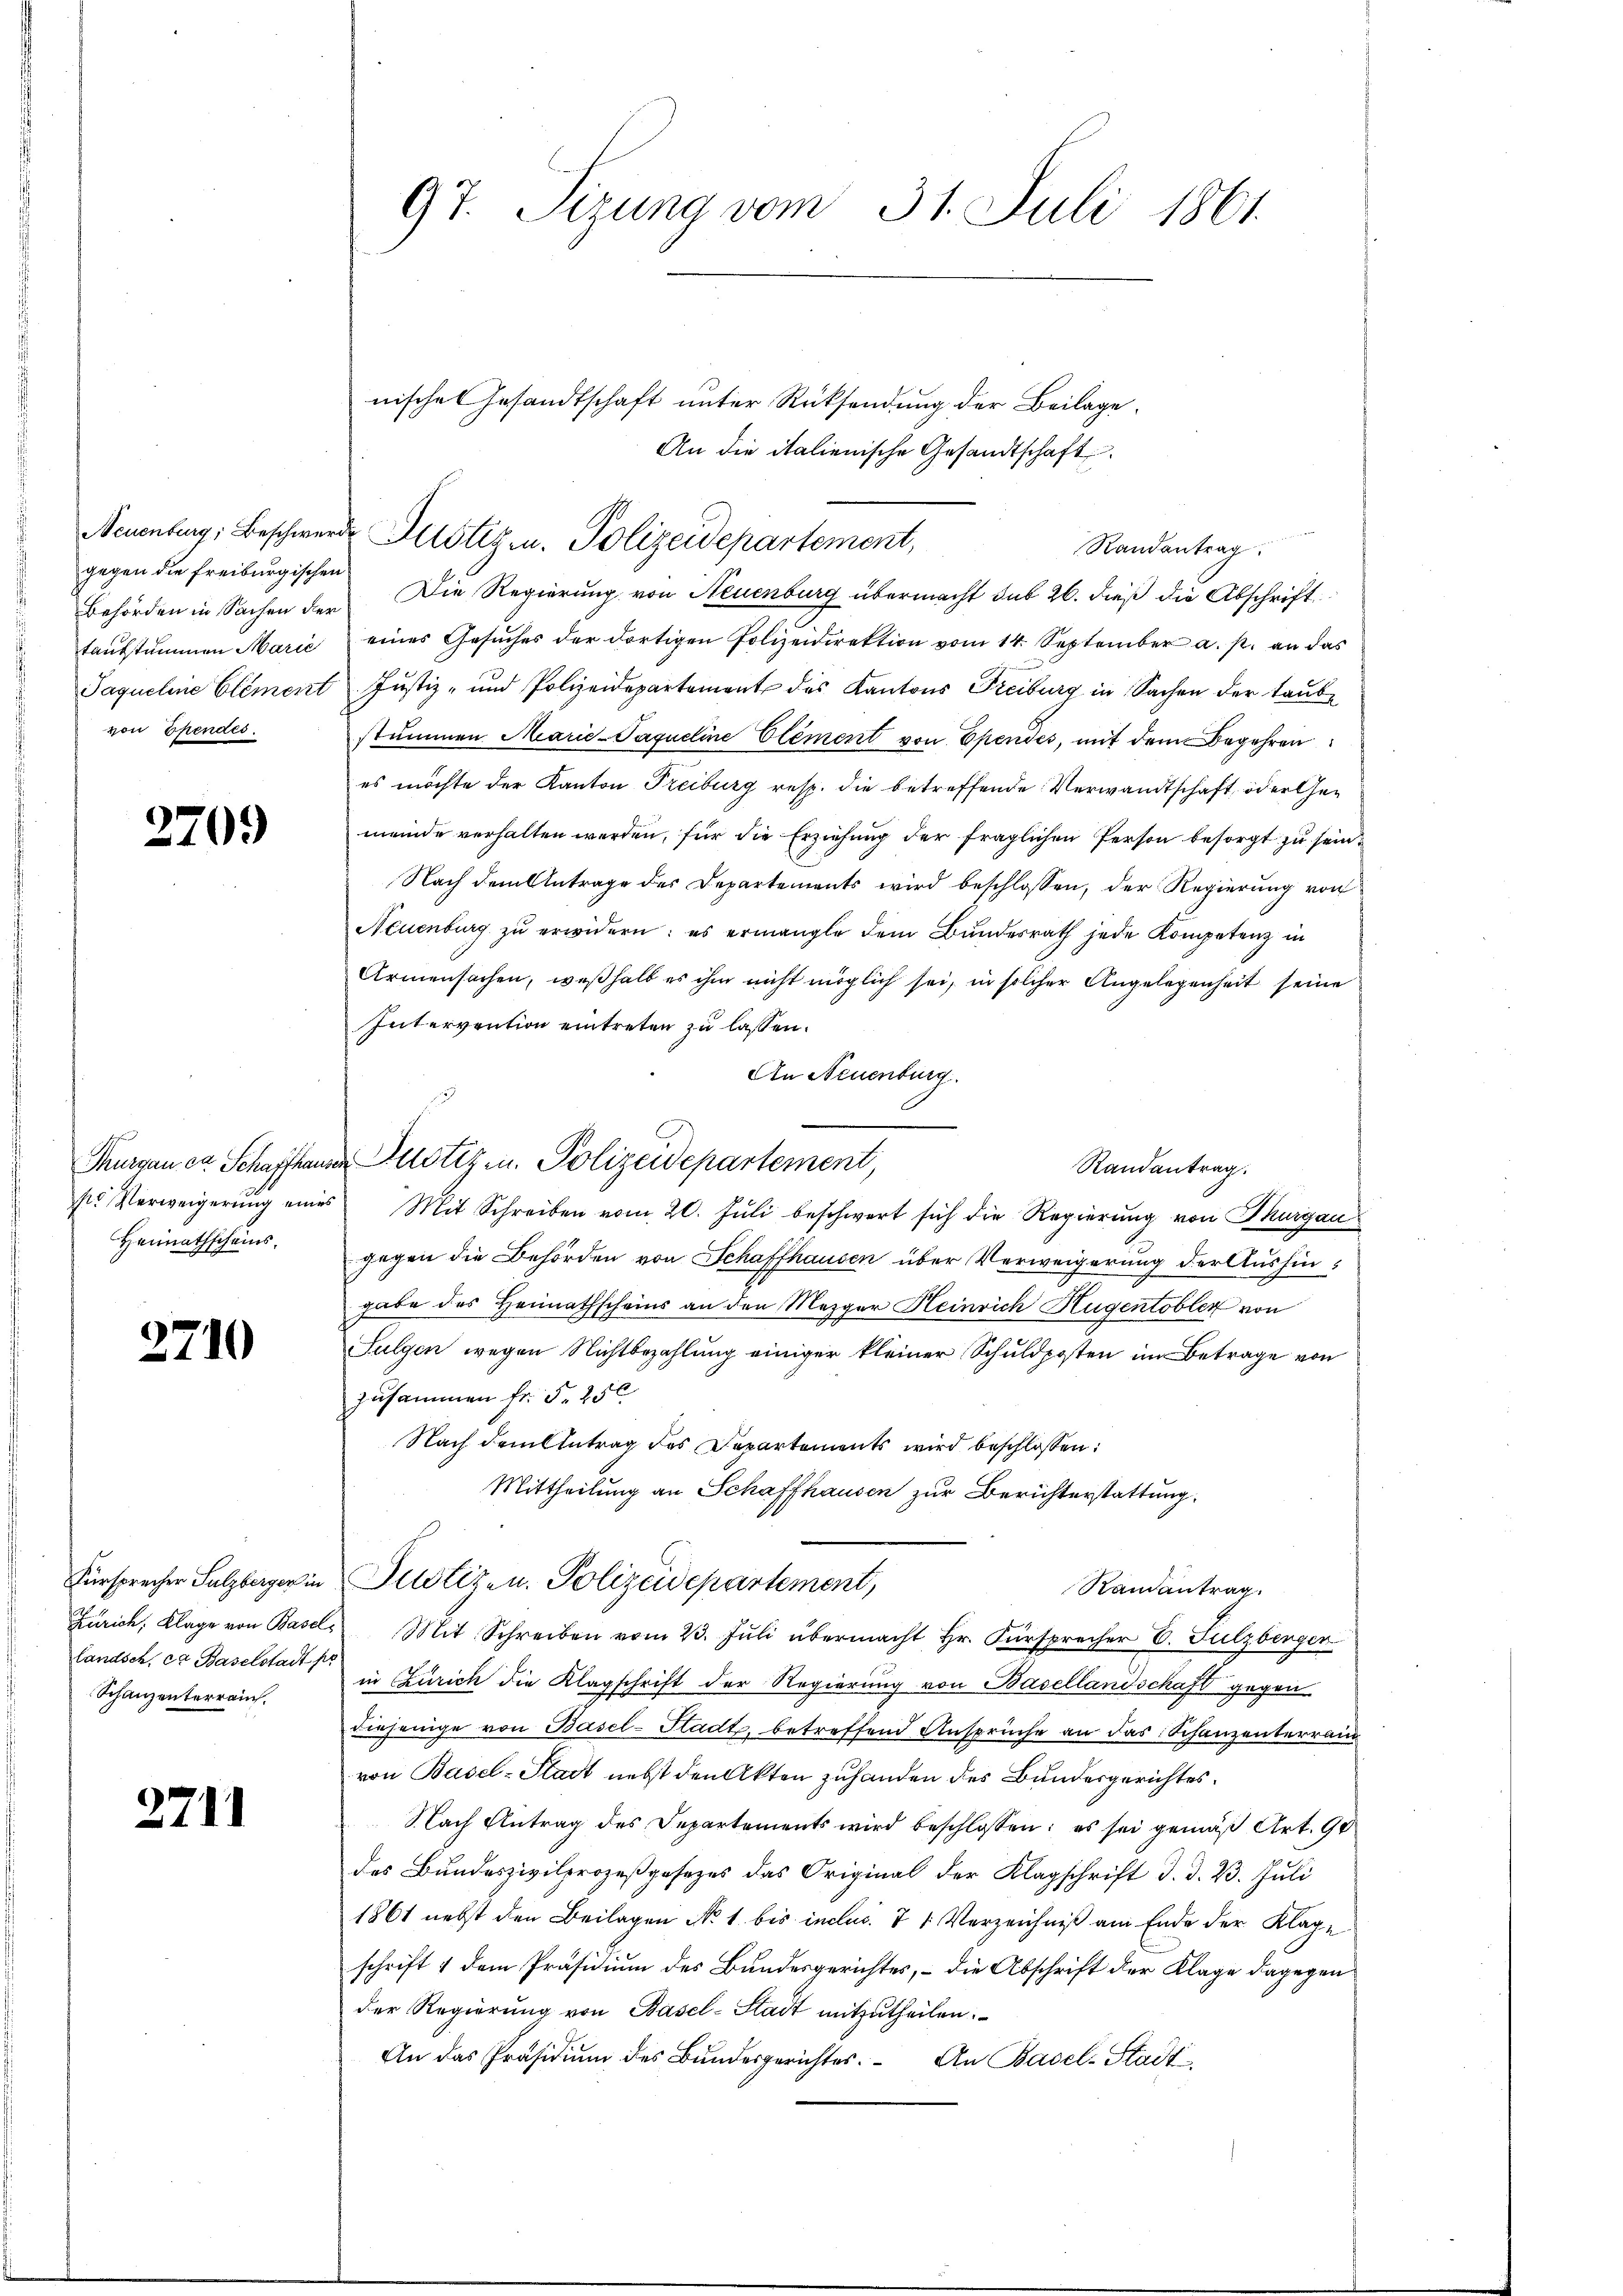
gegen die freiburgischen
von Ehendes.

270.

Heimathscheins.

27

1

Schanzenterrain.

2711

97. Sizung vom 31. Juli 1861

An die italienische Gesandtschaft
Randantrag
Behörden in Sachen der Die Regierung von Neuenburg übermacht sub 26. dieß die Abschrift
taŭbstummen Marie eines Gesŭches der dortigen Polizeidirektion vom 14. September a. p. an das
Jaqueline Element Justiz- und Polizeidepartement des Kantons Freiburg in Sachen der taŭb-
stummen Marie-Paqueline Element von Ependes, mit dem Begehren
es möchte der Kanton Treiburg resp. die betreffende Verwandtschaft, oder Gemeinde verhalten werden, für die Erziehung der fraglichen Person besorgt zu sein
Nach dem Antrage des Departements wird beschlossen, der Regierung von
Neuenburg zŭ erwidern: es ermangle dem Bŭndesrath jede Kompetenz in
Armensachen, weßhalb es ihm nicht möglich sei, in solcher Angelegenheit seine
Intervention eintreten zu lassen.
An Neuenburg.
Turgen ca Schaffene Justiz u. Polizeidepartement,
Randantrag.
sr Verweigerŭng eines Mit Schreiben vom 20. Jŭli beschwert sich die Regierŭng von Thurgau
gegen die Behörden von Schaffhausen über Verweigerung der Aushingabe des Heimathscheins an den Mezger Heinrich Hugentobler von
Fulgen wegen Nichtbezahlung einiger kleiner Schuldposten im Betrage von
zusammen fr. S. 256
Nach dem Antrag des Departements wird beschlossen:
Mittheilung an Schaffhausen zur Berichterstattung
Fürsprecher Salzberger in Polize u. Polizeidepartement,
Randantrag.
Zürich, Klage von Basels Mit Schreiben vom 23. Jŭli übermacht Hr. Fürsprecher E. Sulzbergen
landsch, et Baselstadt in Zürich die Klagschrift der Regierung von Basellandschaft gegen
Diejenige von Basel-Stadt, betreffend Ansprüche an das Schanzenterrain
von Basel-Stadt nebst den Akten zuhanden des Bundesgerichtes.
Nach Antrag des Departements wird beschlossen: es sei gemäß Art. 90
des Bundeszivilprozeßgesezes das Original der Klagschrift d. d. 23. Juli
1861 nebst den Beilagen No 1 bis inclus. 71 Verzeichniß am Ende der Klage
schrift 1 dem Präsidium des Bundesgerichtes, – die Abschrift der Klage dagegen
der Regierung von Basel-Stadt mitzutheilen.
An das Präsidiŭm des Bundesgerichtes. An Basel-Stadt¬

nisches Gesandtschaft unter Rücksendung der Beilage.
Neuenburg, Beschwerde Justiz u. Polizeidepartement,